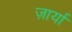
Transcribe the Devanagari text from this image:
ज़ार्या